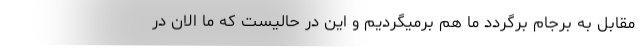
مقابل به برجام برگردد ما هم برمیگردیم و این در حالیست که ما الان در